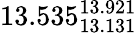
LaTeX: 13.535_{13.131}^{13.921}